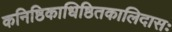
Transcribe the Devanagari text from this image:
कनिष्ठिकाधिष्ठितकालिदासः